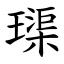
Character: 璖